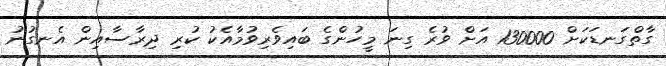
ގާތްގަނޑަކަށް 130000 އަށް ވުރެ ގިނަ މީހުންގެ ބައިވެރިވުމާއެކު ކުރި ދިރާސާއިން އެނގުނު